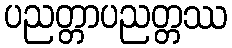
ပညတ္တာပညတ္တဿ